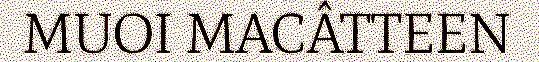
MUOI MACÂTTEEN